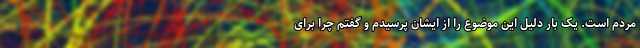
مردم است. یک بار دلیل این موضوع را از ایشان پرسیدم و گفتم چرا برای